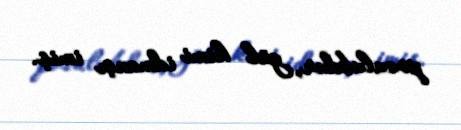
pozulubdur, gül kimi idmançı imiş.